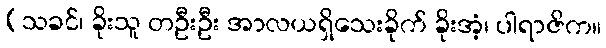
(သခင်၊ ခိုးသူ တဦးဦး အာလယရှိသေးခိုက် ခိုးအံ့၊ ပါရာဇိက။